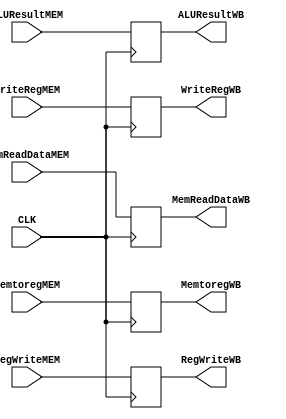
`timescale 1ns / 1ps
//////////////////////////////////////////////////////////////////////////////////
// Company: 
// 
// Design Name: 
// Module Name:     MEM/WB REGISTER
// Project Name: 

// Revision: 
// Revision 0.01 - File Created
// Additional Comments: 
//////////////////////////////////////MEM_WB REGISTER//////////////////////////////////////////////
module MIPS_MEM_WB(
	input   CLK,			//INPUT CLOCK
	input 	MemtoregMEM,
	input 	RegWriteMEM,	
	input 	[31:0]ALUResultMEM,
	input 	[4:0]WriteRegMEM,
	input	[31:0]MemReadDataMEM,
	output	reg 	MemtoregWB,
	output	reg 	RegWriteWB,	
	output	reg 	[31:0]ALUResultWB,
	output	reg 	[4:0]WriteRegWB,
	output	reg	[31:0]MemReadDataWB
);
	//At ClockEdge Write the contents to MEM/WB Register
	always @(posedge CLK)
	begin
		MemtoregWB <= MemtoregMEM;
		RegWriteWB <= RegWriteMEM;
		ALUResultWB <= ALUResultMEM;
		WriteRegWB <= WriteRegMEM;
		MemReadDataWB <= MemReadDataMEM;
	end

	
endmodule